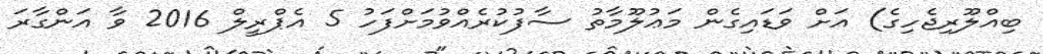
ބިއްލޫރިޖެހިގެ) އަށް ވަޑައިގެން މަޢުލޫމާތު ސާފުކުރެއްވުމަށްފަހު 5 އެޕްރީލް 2016 ވާ އަންގާރަ